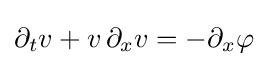
\partial _{t}v+v\,\partial _{x}v=-\partial _{x}\varphi